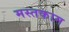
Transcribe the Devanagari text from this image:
मस्तकाम